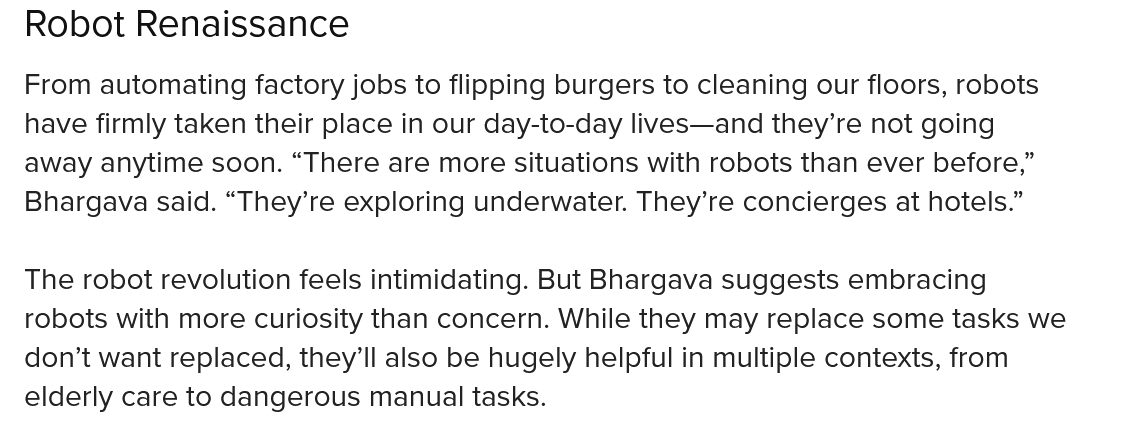
Robot   Renaissance
  From automating factory jobs to flipping burgers to cleaning our floors, robots
  have firmly taken their place in our day-to-day lives—and they’re not going
  away anytime soon. “There are more situations with robots than ever before,”
  Bhargava said. “They’re exploring underwater. They’re concierges at hotels.”
  The robot revolution feels intimidating. But Bhargava suggests embracing
  robots with more curiosity than concern. While they may replace some tasks we
  don’t want replaced, they'll also be hugely helpful in multiple contexts, from
  elderly care to dangerous manual tasks.